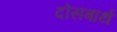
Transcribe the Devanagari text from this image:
दोसबार्थ